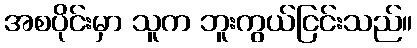
အစပိုင်းမှာ သူက ဘူးကွယ်ငြင်းသည်။